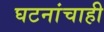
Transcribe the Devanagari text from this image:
घटनांचाही